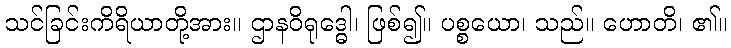
သင်ခြင်းကိရိယာတို့အား။ ဌာနဝိရုဒ္ဓေါ၊ ဖြစ်၍။ ပစ္စယော၊ သည်။ ဟောတိ၊ ၏။